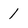
Character: 1